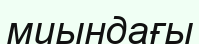
миындағы